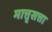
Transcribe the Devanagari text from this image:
मात्तृसत्ता